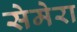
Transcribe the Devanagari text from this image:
सेमेरा